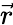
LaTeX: \vec{r}